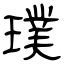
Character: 璞